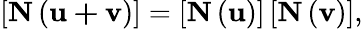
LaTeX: \left[\mathbf{N}\left(\mathbf{u+v}\right)\right]=\left[\mathbf{N}\left(\mathbf{u}\right)\right]\left[\mathbf{N}\left(\mathbf{v}\right)\right],